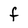
Character: F